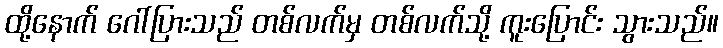
ထို့နောက် ဂေါ်ပြားသည် တစ်လက်မှ တစ်လက်သို့ ကူးပြောင်း သွားသည်။